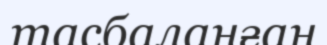
тасбаланған